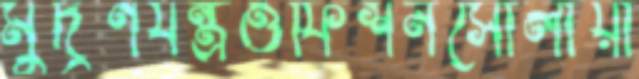
মুদ্রণযন্ত্রওফিশনসোলায়া